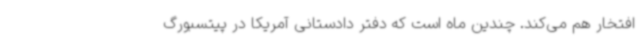
افتخار هم می‌کند. چندین ماه است که دفتر دادستانی آمریکا در پیتسبورگ